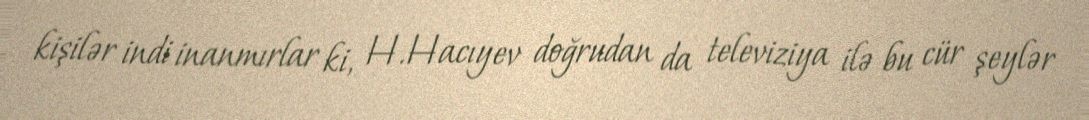
kişilər indi inanmırlar ki, H.Hacıyev doğrudan da televiziya ilə bu cür şeylər